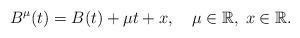
LaTeX: \begin{align*}B^{\mu}(t) = B(t) + \mu t + x, \quad\mu\in\mathbb{R},\; x \in\mathbb{R}.\end{align*}